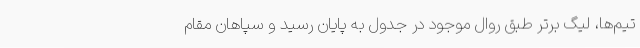
تیم‌ها، لیگ برتر طبق روال موجود در جدول به پایان رسید و سپاهان مقام